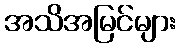
အသိအမြင်များ